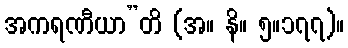
အကရဏီယာ”တိ (အ။ နိ။ ၅။၁၇၇)။